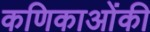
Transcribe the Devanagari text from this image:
कणिकाओंकी